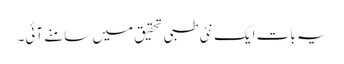
یہ بات ایک نئی طبی تحقیق میں سامنے آئی۔